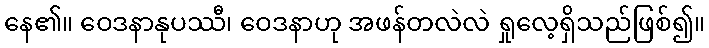
နေ၏။ ဝေဒနာနုပဿီ၊ ဝေဒနာဟု အဖန်တလဲလဲ ရှုလေ့ရှိသည်ဖြစ်၍။